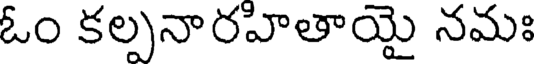
ఓం కల్పనారహితాయై నమః